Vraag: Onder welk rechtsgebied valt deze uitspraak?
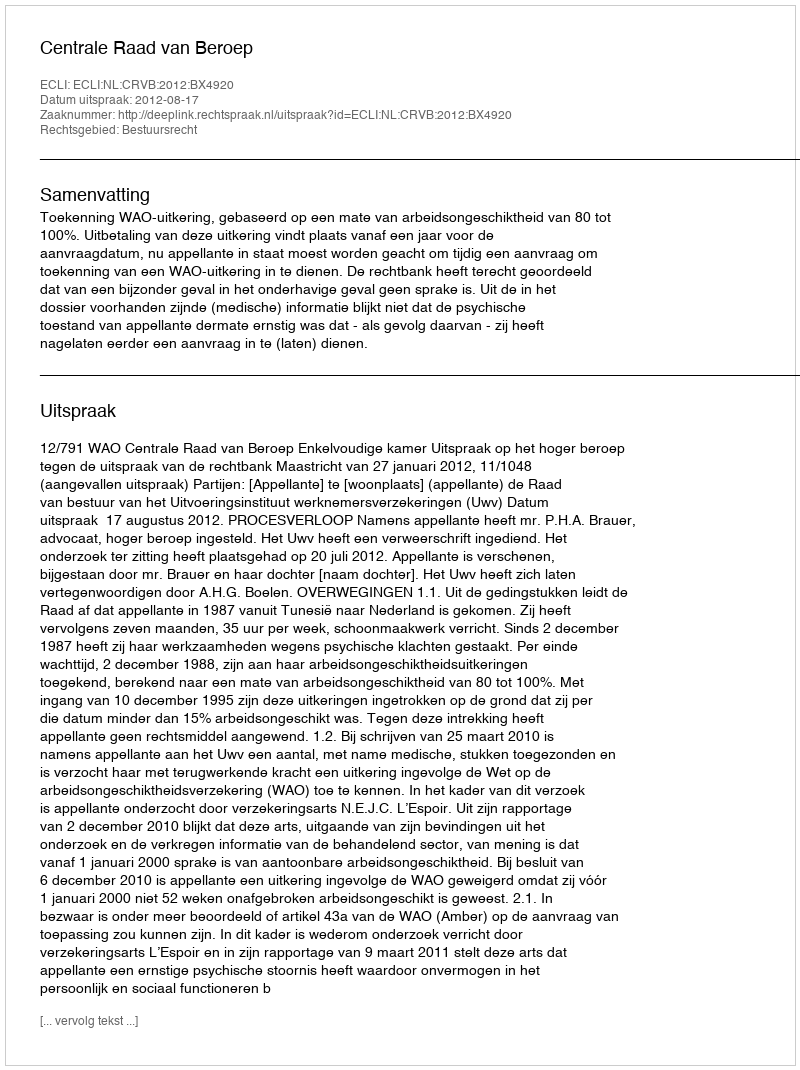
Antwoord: Bestuursrecht